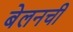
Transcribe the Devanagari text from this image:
बेलनची